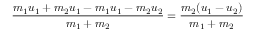
{ \frac { m _ { 1 } u _ { 1 } + m _ { 2 } u _ { 1 } - m _ { 1 } u _ { 1 } - m _ { 2 } u _ { 2 } } { m _ { 1 } + m _ { 2 } } } = { \frac { m _ { 2 } ( u _ { 1 } - u _ { 2 } ) } { m _ { 1 } + m _ { 2 } } }